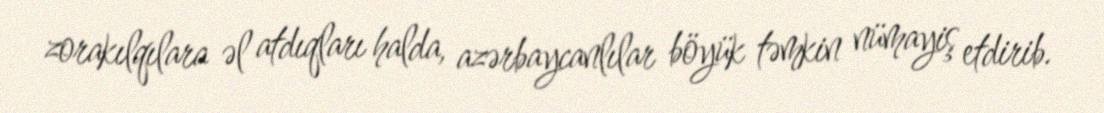
zorakılqılara əl atdıqları halda, azərbaycanlılar böyük təmkin nümayiş etdirib.